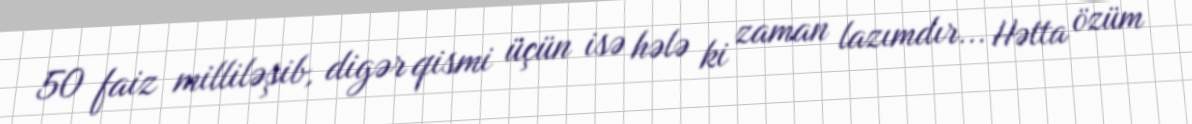
50 faiz milliləşib, digər qismi üçün isə hələ ki zaman lazımdır... Hətta özüm